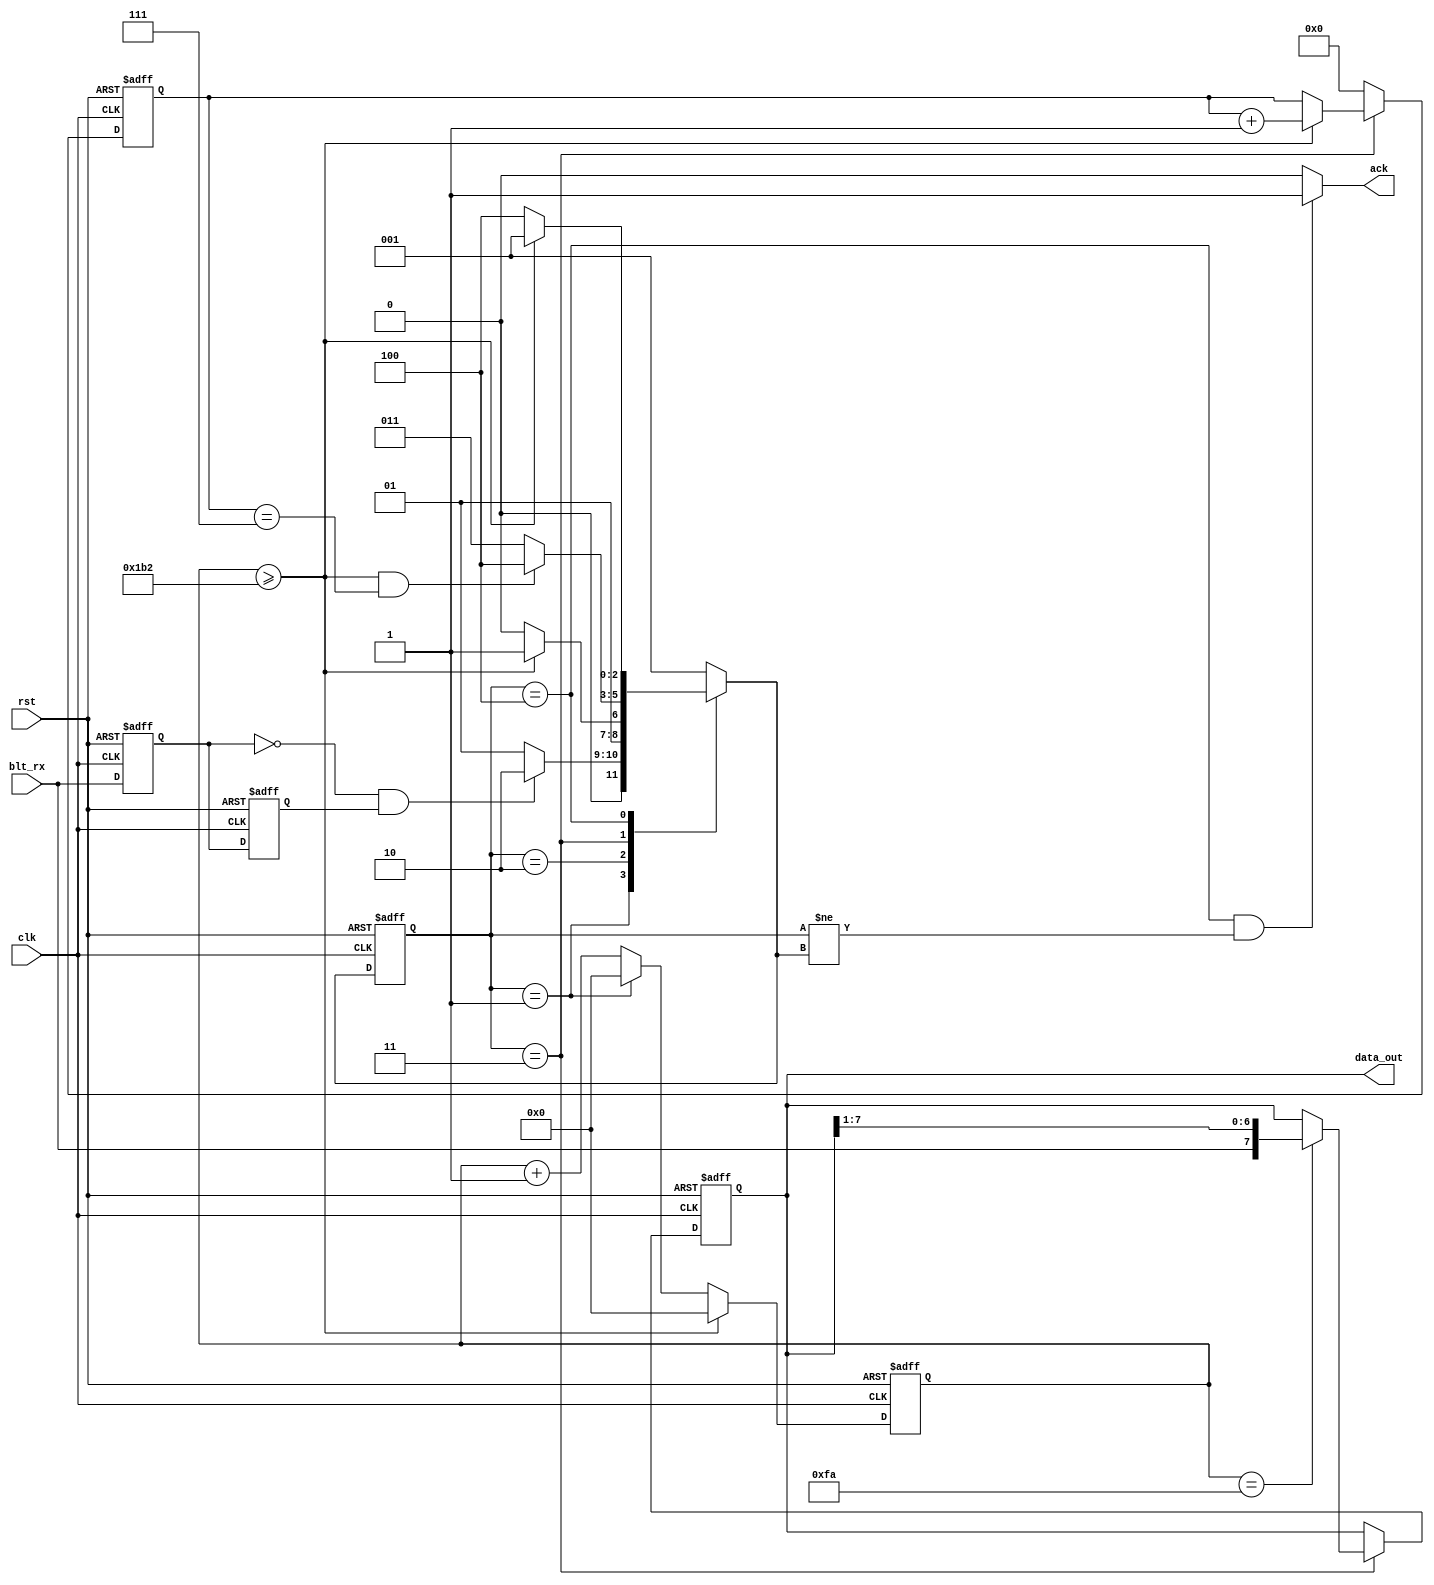


//
//115200   1 stop  



module Blt_Uart_Read(

	input					clk,
	input					rst,
	
	

	output				ack,			//
	output[7:0]				data_out,		//


	input					blt_rx
	
);
parameter	CYCLE				= 50 * 1000_000 / 115200;

localparam		S_IDLE	=	'd1;
localparam		S_START	=	'd2;
localparam		S_DATA	=	'd3;
localparam		S_STOP	=	'd4;		



reg[2:0]	state , next_state;
reg 		blt_rx_d0 , blt_rx_d1;
reg[23:0]	clk_cnt;
reg[7:0]	data_reg;
reg[3:0]	data_bit;

wire	blt_edge;


assign blt_edge 	= 	((~blt_rx_d0) & blt_rx_d1);
assign data_out 	= 	data_reg;
assign ack 		= 	(state == S_STOP && state != next_state) ? 1'b1 : 1'b0;







always@(posedge clk or negedge rst)
begin
	if(rst == 1'b0)
		begin
			blt_rx_d0 <= 1'b1;
			blt_rx_d1 <= 1'b1;
		end
	else
		begin
			blt_rx_d0 <= blt_rx;
			blt_rx_d1 <= blt_rx_d0;
		end
end

always@(posedge clk or negedge rst)
begin
	if(rst == 1'b0)
		state <= S_IDLE;
	else
		state <= next_state;
end

always@(*)
begin
	case(state)
	S_IDLE:
		if(blt_edge == 1'b1)
			next_state <= S_START;
		else
			next_state <= S_IDLE;
	S_START:
		if(clk_cnt >= CYCLE)
			next_state <= S_DATA;
		else
			next_state <= S_START;
	S_DATA:
		if(clk_cnt >= CYCLE && data_bit == 'd7)
			next_state <= S_STOP;
		else
			next_state <= S_DATA;
	S_STOP:
		if(clk_cnt >= CYCLE)
			next_state <= S_IDLE;
		else
			next_state <= S_STOP;
	default:
		next_state <= S_IDLE;
	endcase
end



always@(posedge clk or negedge rst)
begin
	if(rst == 1'b0)
		clk_cnt <= 'd0;
	else if(clk_cnt >= CYCLE)
		clk_cnt <= 'd0;
	else if(state == S_IDLE)
		clk_cnt <= 'd0;
	else
		clk_cnt <= clk_cnt + 1'b1;
end


always@(posedge clk or negedge rst)
begin
	if(rst == 1'b0)
		data_bit <= 'd0;
	else if(state == S_DATA)
		if(clk_cnt >= CYCLE)
			data_bit <= data_bit + 1'b1;
		else
			data_bit <= data_bit;
	else
		data_bit <= 'd0;
end


always@(posedge clk or negedge rst)
begin
	if(rst == 1'b0)
		data_reg <= 'd0;
	else if(state == S_DATA)
		if(clk_cnt == 'd250)
			data_reg <= {blt_rx,data_reg[7:1]};
		else
			data_reg <= data_reg;
	else
		data_reg <= data_reg;
end

endmodule